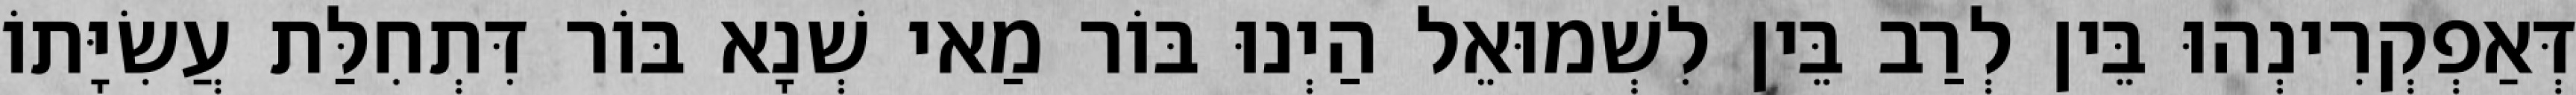
דְּאַפְקְרִינְהוּ בֵּין לְרַב בֵּין לִשְׁמוּאֵל הַיְנוּ בּוֹר מַאי שְׁנָא בּוֹר דִּתְחִלַּת עֲשִׂיָּתוֹ